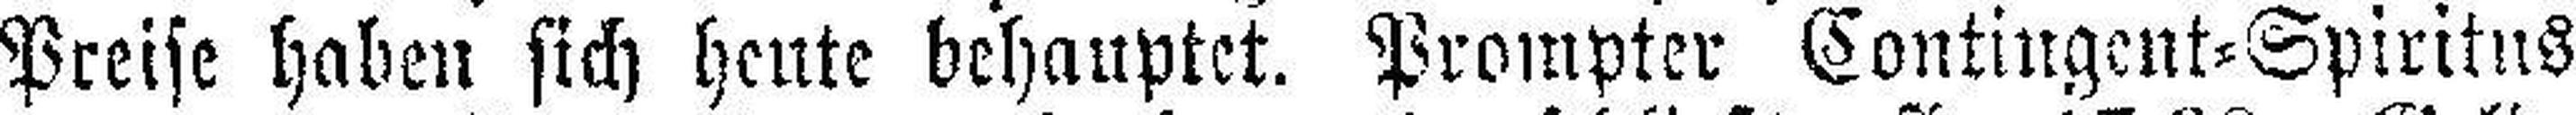
Preise haben sich heute behauptet. Prompter Contingent=Spiritus